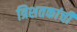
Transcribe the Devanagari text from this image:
त्रिशतकांची